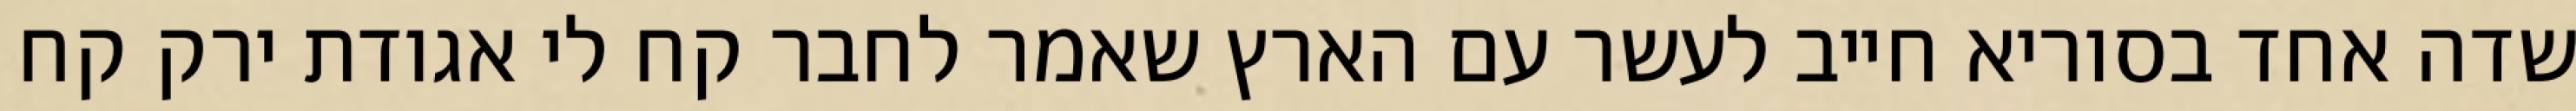
שדה אחד בסוריא חייב לעשר עם הארץ שאמר לחבר קח לי אגודת ירק קח